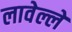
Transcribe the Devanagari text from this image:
लावेल्ले